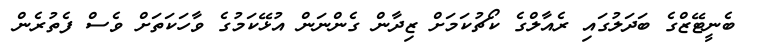
ބެނީޓޭޒްގެ ބަދަލުގައި ރެއާލްގެ ކޯޗުކަމަށް ޒިދާން ގެންނަން އުޅޭކަމުގެ ވާހަކަތަށް ވެސް ފެތުރެން